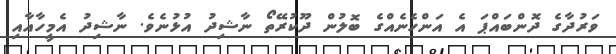
ވަރުދާގެ ދޮންބައްޕަ އެ އަންހެނެއްގެ ބޮލުން ދޫކުރޭތޯ ނާޝިދު އުޅުނެވެ. ނާޝިދު އެމީހާއާއި